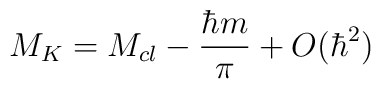
M_{K}=M_{cl}-\frac{\hbar m}{\pi }+O(\hbar ^{2})